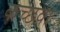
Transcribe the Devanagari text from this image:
कच्छवा